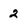
Character: 2